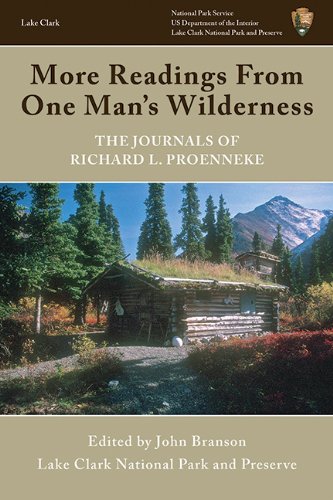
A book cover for More Readings From One Man's Wilderness: The Journals of Richard L. Proenneke; Sports & Outdoors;